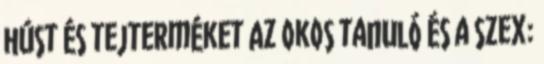
húst és tejterméket Az okos tanuló és a szex: